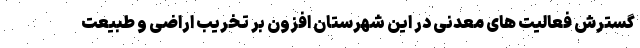
گسترش فعالیت های معدنی در این شهرستان افزون بر تخریب اراضی و طبیعت